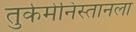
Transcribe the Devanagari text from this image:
तुर्कमेनिस्तानला